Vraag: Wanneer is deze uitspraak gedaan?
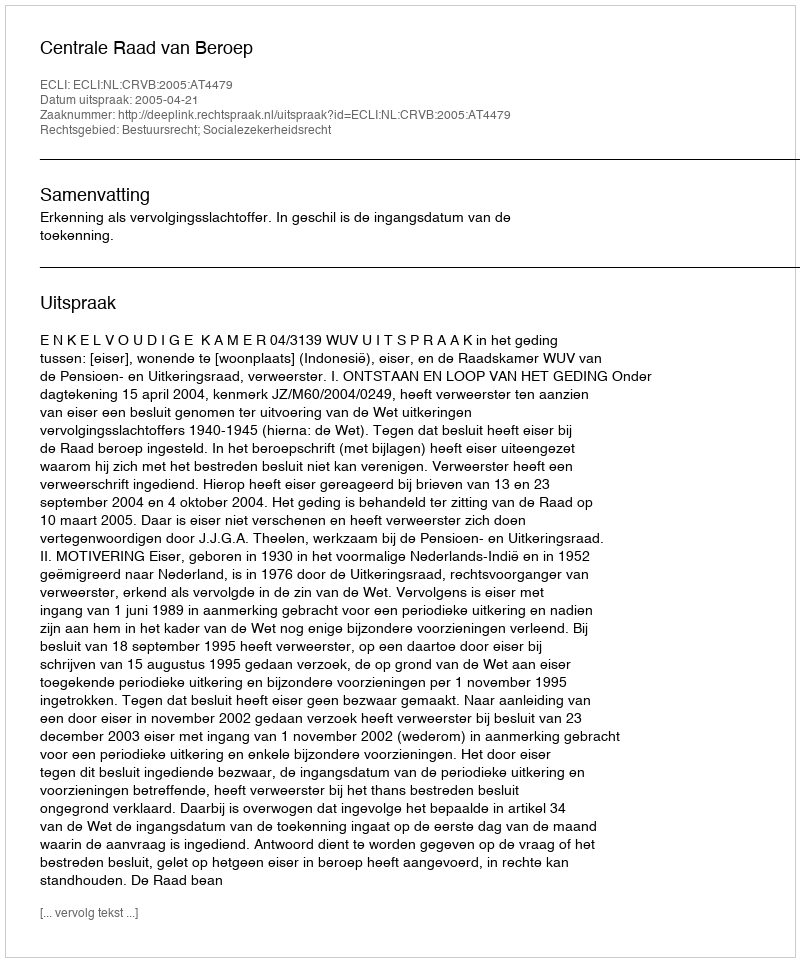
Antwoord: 2005-04-21